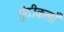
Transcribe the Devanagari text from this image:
गुंदीकलाँ